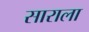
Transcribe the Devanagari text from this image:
साराला